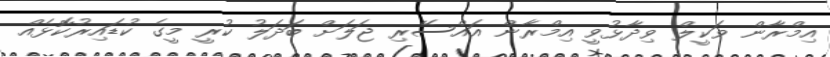
އިމްރާން ވަކީލް ވިދާޅުވީ އިމްރާން އައްސޭރި ޖަލަށް ބަދަލު ކުރީ މީގެ ކުޑައިރުކޮޅެއް